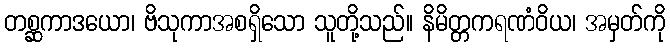
တစ္ဆကာဒယော၊ ဗိသုကာအစရှိသော သူတို့သည်။ နိမိတ္တကရဏံဝိယ၊ အမှတ်ကို